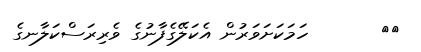
١٨       ހަމަކަށަވަރުން އެކަލޭގެފާނުގެ ވެރިރަސްކަލާނގެ